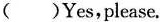
()Yes,please.